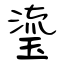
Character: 瑬